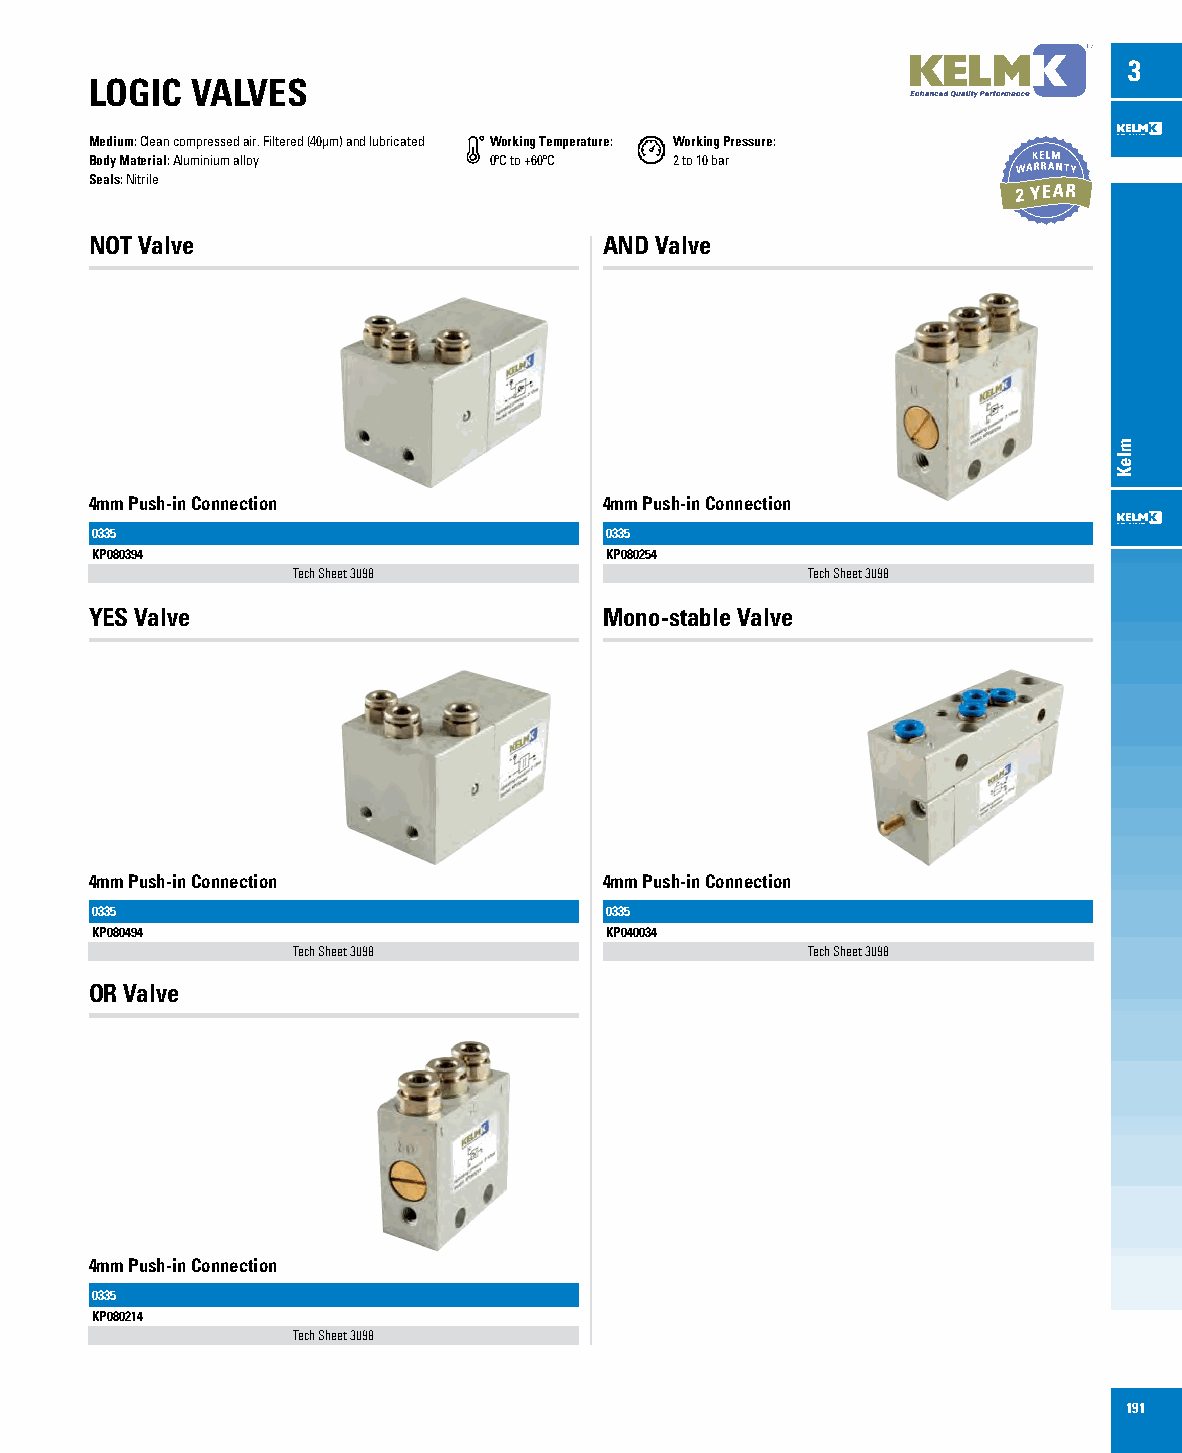
3
 LOGIC  VALVES
 Medium: Clean compressed air. Filtered (40µm) and lubricated Working Temperature: Working Pressure:
 Body Material: Aluminium alloy 0ºC to +60ºC 2 to 10 bar
 Seals: Nitrile
 NOT Valve                         AND Valve
 4mm Push-in Connection            4mm Push-in Connection
 0335                              0335
 KP080394                          KP080254
 Tech Sheet 3098                   Tech Sheet 3098
 YES Valve                         Mono-stable Valve
 4mm Push-in Connection            4mm Push-in Connection
 0335                              0335
 KP080494                          KP040034
 Tech Sheet 3098                   Tech Sheet 3098
 OR Valve
 4mm Push-in Connection
 0335
 KP080214
 Tech Sheet 3098
 191
 mleK